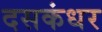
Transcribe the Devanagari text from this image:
दसकंधर